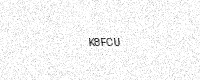
Text: K8FCU